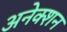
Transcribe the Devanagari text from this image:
अनेक्शन